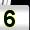
Digit: 5